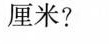
厘米?